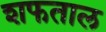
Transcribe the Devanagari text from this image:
शफताल